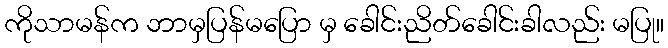
ကိုသာမန်က ဘာမှပြန်မပြော မှ ခေါင်းညိတ်ခေါင်းခါလည်း မပြု။